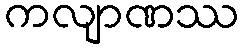
ကလျာဏဿ